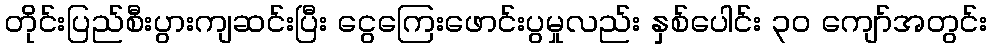
တိုင်းပြည်စီးပွားကျဆင်းပြီး ငွေကြေးဖောင်းပွမှုလည်း နှစ်ပေါင်း ၃၀ ကျော်အတွင်း